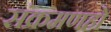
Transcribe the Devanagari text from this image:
संक्रमणहो